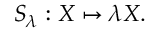
S _ { \lambda } : X \mapsto \lambda X .